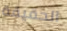
الحقيقة